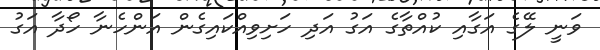
ވަނީ ލޭގެ އަގާއި ކުއްތާގެ އަގު އަދި ހަށިވިއްކައިގެން އަންހެނާ ހޯދާ އަގު